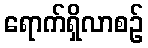
ရောက်ရှိလာစဉ်